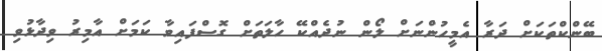
ބޭންކްތަކަށް ދަރާ އެމީހުންނަށް ލޯން ނުދެއްކޭ ހާލަތަށް ގޮސްފައިވާ ކަމަށް އާމިރު ވިދާޅުވި